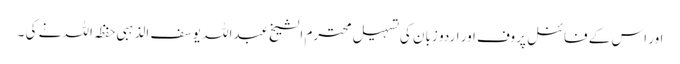
اور اس کے فائنل پروف اور اردو زبان کی تسہیل محترم الشیخ عبداللہ یوسف الذہبی حفظہ اللہ نے کی ۔